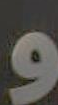
و